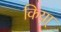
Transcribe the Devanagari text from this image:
किया्